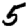
Digit: 5